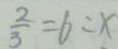
\frac { 2 } { 3 } = 6 : x